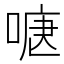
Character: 𭉍